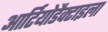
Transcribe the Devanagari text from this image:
आर्टियोडैक्टाइला